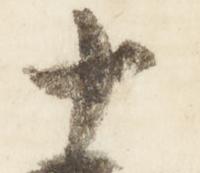
十